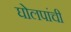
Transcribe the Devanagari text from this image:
घोलपांची